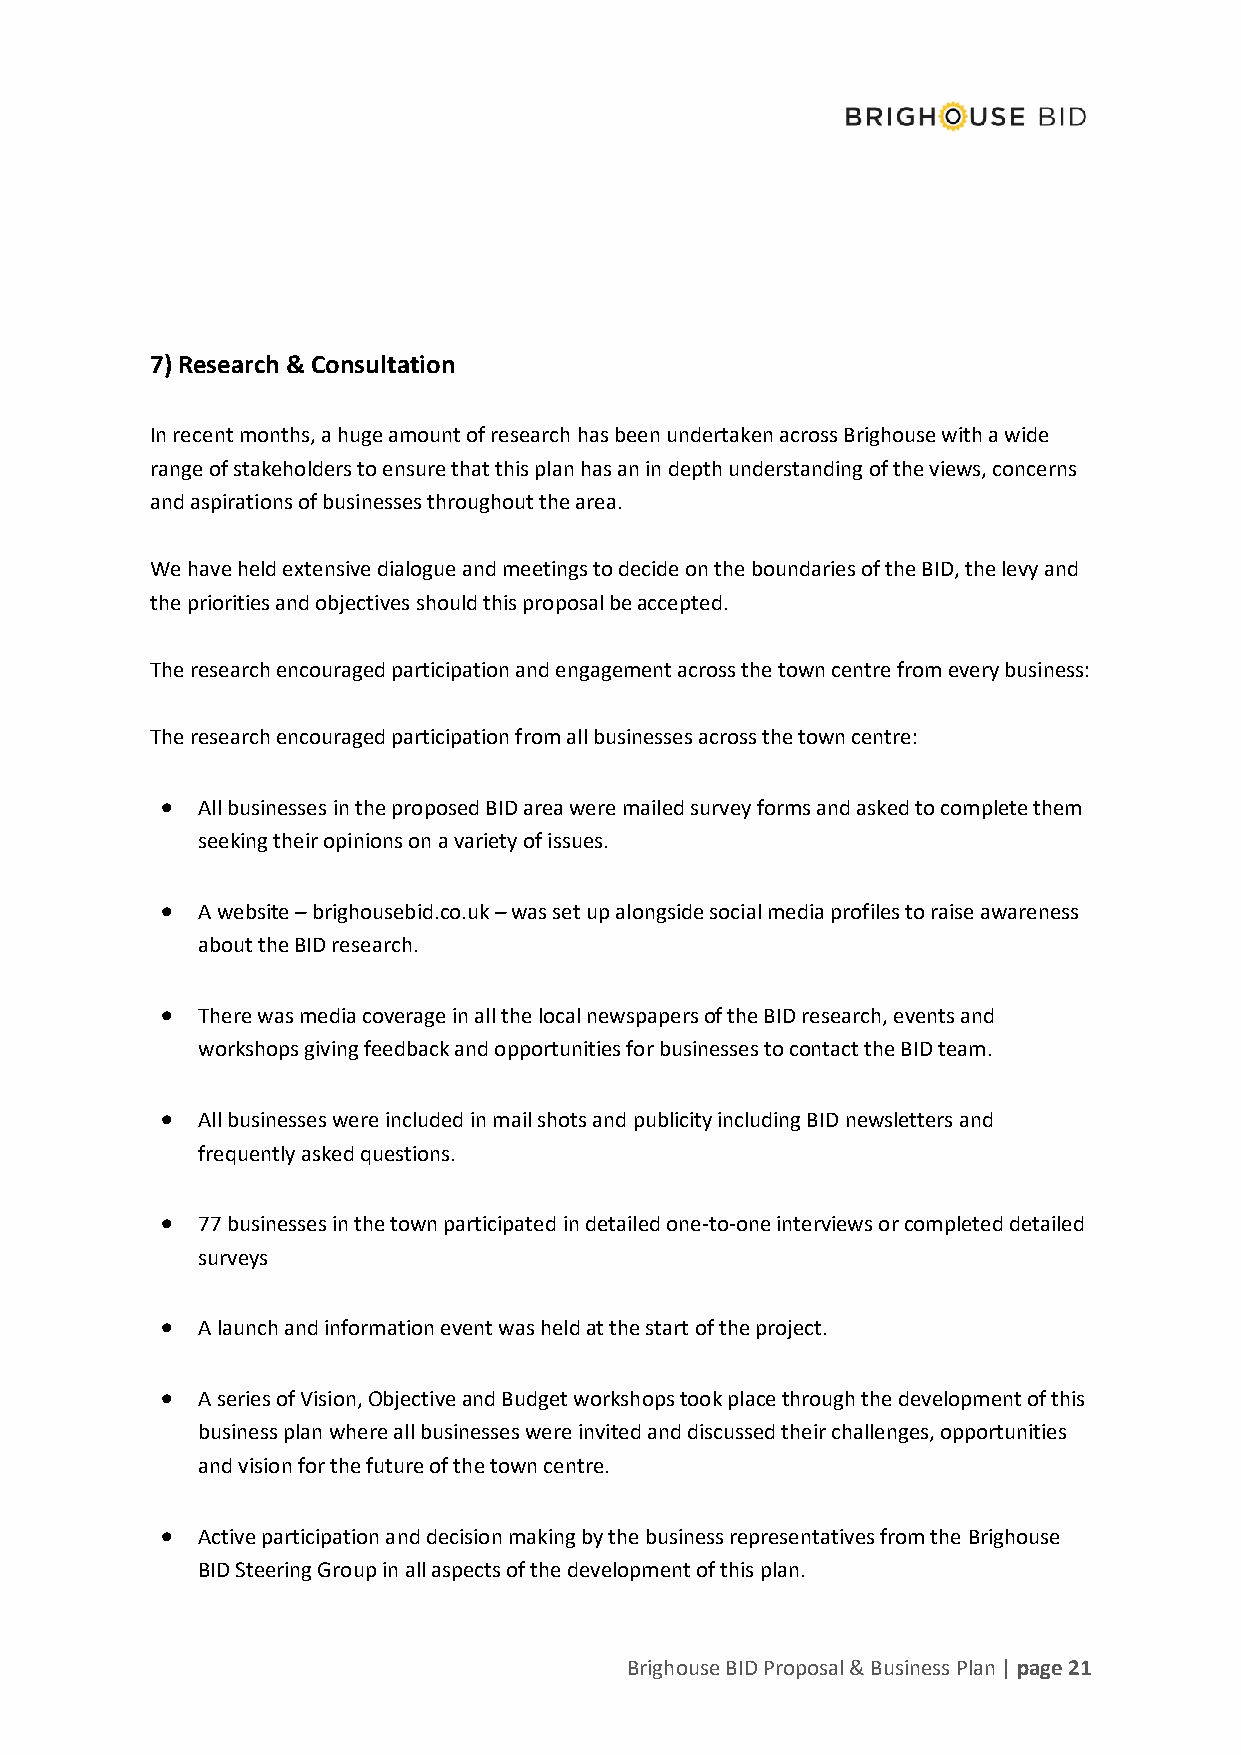
7) Research & Consultation
 In recent months, a huge amount of research has been undertaken across Brighouse with a wide
 range of stakeholders to ensure that this plan has an in depth understanding of the views, concerns
 and aspirations of businesses throughout the area.
 We have held extensive dialogue and meetings to decide on the boundaries of the BID, the levy and
 the priorities and objectives should this proposal be accepted.
 The research encouraged participation and engagement across the town centre from every business:
 The research encouraged participation from all businesses across the town centre:
 • All businesses in the proposed BID area were mailed survey forms and asked to complete them
 seeking their opinions on a variety of issues.
 • A website – brighousebid.co.uk – was set up alongside social media profiles to raise awareness
 about the BID research.
 • There was media coverage in all the local newspapers of the BID research, events and
 workshops giving feedback and opportunities for businesses to contact the BID team.
 • All businesses were included in mail shots and publicity including BID newsletters and
 frequently asked questions.
 • 77 businesses in the town participated in detailed one-to-one interviews or completed detailed
 surveys
 • A launch and information event was held at the start of the project.
 • A series of Vision, Objective and Budget workshops took place through the development of this
 business plan where all businesses were invited and discussed their challenges, opportunities
 and vision for the future of the town centre.
 • Active participation and decision making by the business representatives from the Brighouse
 BID Steering Group in all aspects of the development of this plan.
 Brighouse BID Proposal & Business Plan | page 21